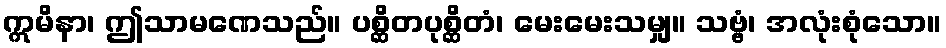
ဣမိနာ၊ ဤသာမဏေသည်။ ပစ္ဆိတပုစ္ဆိတံ၊ မေးမေးသမျှ။ သဗ္ဗံ၊ အလုံးစုံသော။